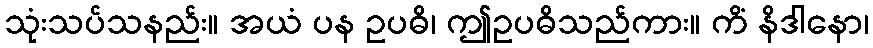
သုံးသပ်သနည်း။ အယံ ပန ဥပဓိ၊ ဤဥပဓိသည်ကား။ ကိံ နိဒါနော၊